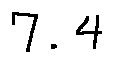
7 . 4